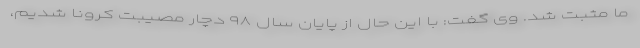
ما مثبت شد. وی گفت: با این حال از پایان سال ۹۸ دچار مصیبت کرونا شدیم،